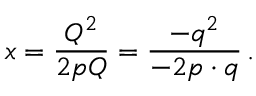
x = { \frac { Q ^ { 2 } } { 2 p Q } } = { \frac { - q ^ { 2 } } { - 2 p \cdot q } } \, .